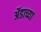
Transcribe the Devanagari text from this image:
ॲडाच्या